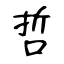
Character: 哲